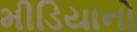
મીડિયાનો